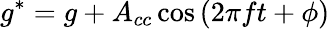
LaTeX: g^{*}=g+A_{cc}\cos{(2\pi ft+\phi)}